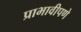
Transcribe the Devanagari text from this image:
प्राभावीपणे